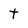
Character: t